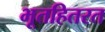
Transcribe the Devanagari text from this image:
भूतहितरत